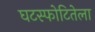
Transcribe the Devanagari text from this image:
घटस्फोटितेला